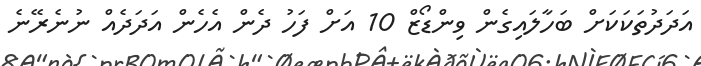
އަދަދުތަކަކަށް ބަހާލައިގެން ވިންޑޯޒް 10 އަށް ފަހު ދެން އެހެން އަދަދެއް ނުނެރޭނެ